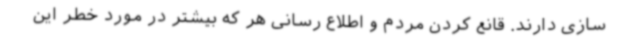
سازی دارند. قانع کردن مردم و اطلاع رسانی هر که بیشتر در مورد خطر این